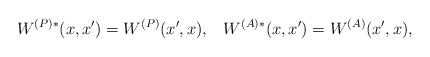
\begin{align*}W^{(P)*}(x,x')=W^{(P)}(x',x), \;\;\; W^{(A)*}(x,x')=W^{(A)}(x',x),\end{align*}